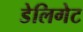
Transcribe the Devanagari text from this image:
डेलिगेट